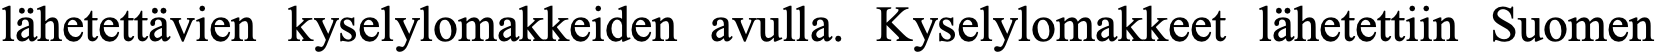
lähetettävien kyselylomakkeiden avulla. Kyselylomakkeet lähetettiin Suomen